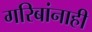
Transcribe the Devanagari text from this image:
गरिबांनाही